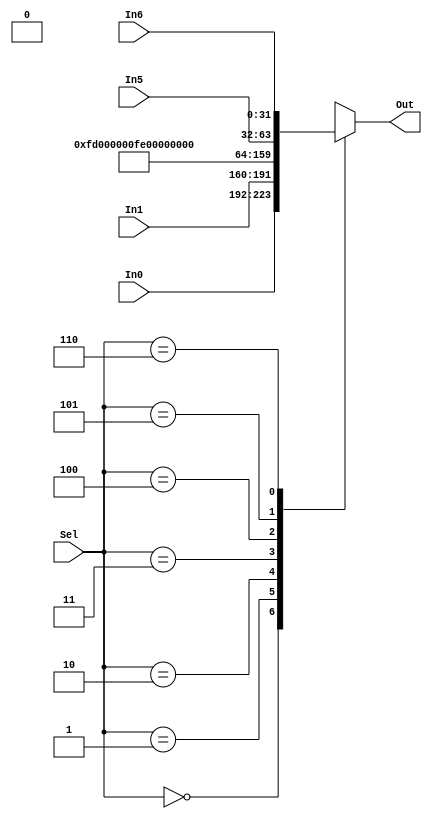
module mux_IorD(Out,Sel,In0,In1,In5,In6); 

input [31:0] In0,In1,In5,In6; //entradas de 32 bits
input [2:0] Sel; //seletor de 3 bits
output [31:0] Out; //saida de 32 bits

reg [31:0] Out; 
reg [31:0] In2,In3,In4; //entradas de 32 bits

initial begin
    In2[31:0] = 32'd253; // 253
    In3[31:0] = 32'd254; // 254
    In4[31:0] = 32'd255; // 255
end

//Check the state of the input lines 

always @ (In0 or In1 or In2 or In3 or In4 or In5 or In6 or Sel) 

begin 

 case (Sel) 

  3'b000 : Out = In0; 

  3'b001 : Out = In1; 

  3'b010 : Out = In2; 

  3'b011 : Out = In3; 

  3'b100 : Out = In4; 

  3'b101 : Out = In5; 

  3'b110 : Out = In6; 

  default : Out = 31'bx; 

  //If input is undefined then output is undefined 

 endcase 

end  

endmodule